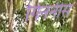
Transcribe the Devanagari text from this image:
गिननीस